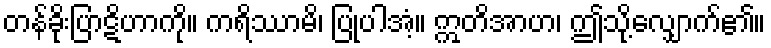
တန်ခိုးပြာဋိဟာကို။ ကရိဿာမိ၊ ပြုပါအံ့။ ဣတိအာဟ၊ ဤသို့လျှောက်၏။